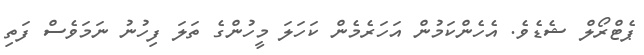
ޕެޓްރޯލް ޝެޑެވެ. އެހެންކަމުން އަހަރެމެން ކަހަލަ މީހުންގެ ތަލަ ފިހުނު ނަމަވެސް ފަތި